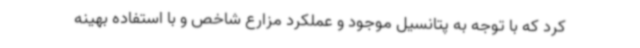
کرد که با توجه به پتانسیل موجود و عملکرد مزارع شاخص و با استفاده بهینه